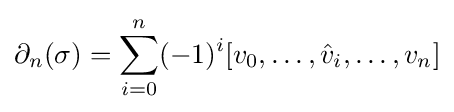
\partial _{n}(\sigma )=\sum \limits _{i=0}^{n}(-1)^{i}[v_{0},\ldots ,{\hat {v}}_{i},\ldots ,v_{n}]